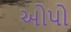
ઓપો